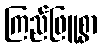
ကြည်ဖြူစွာ